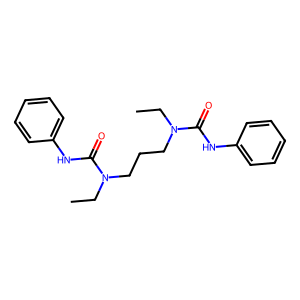
SMILES: CCN(CCCN(CC)C(=O)Nc1ccccc1)C(=O)Nc1ccccc1
Inhibits HIV replication: No